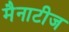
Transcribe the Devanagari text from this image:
मैनाटीज